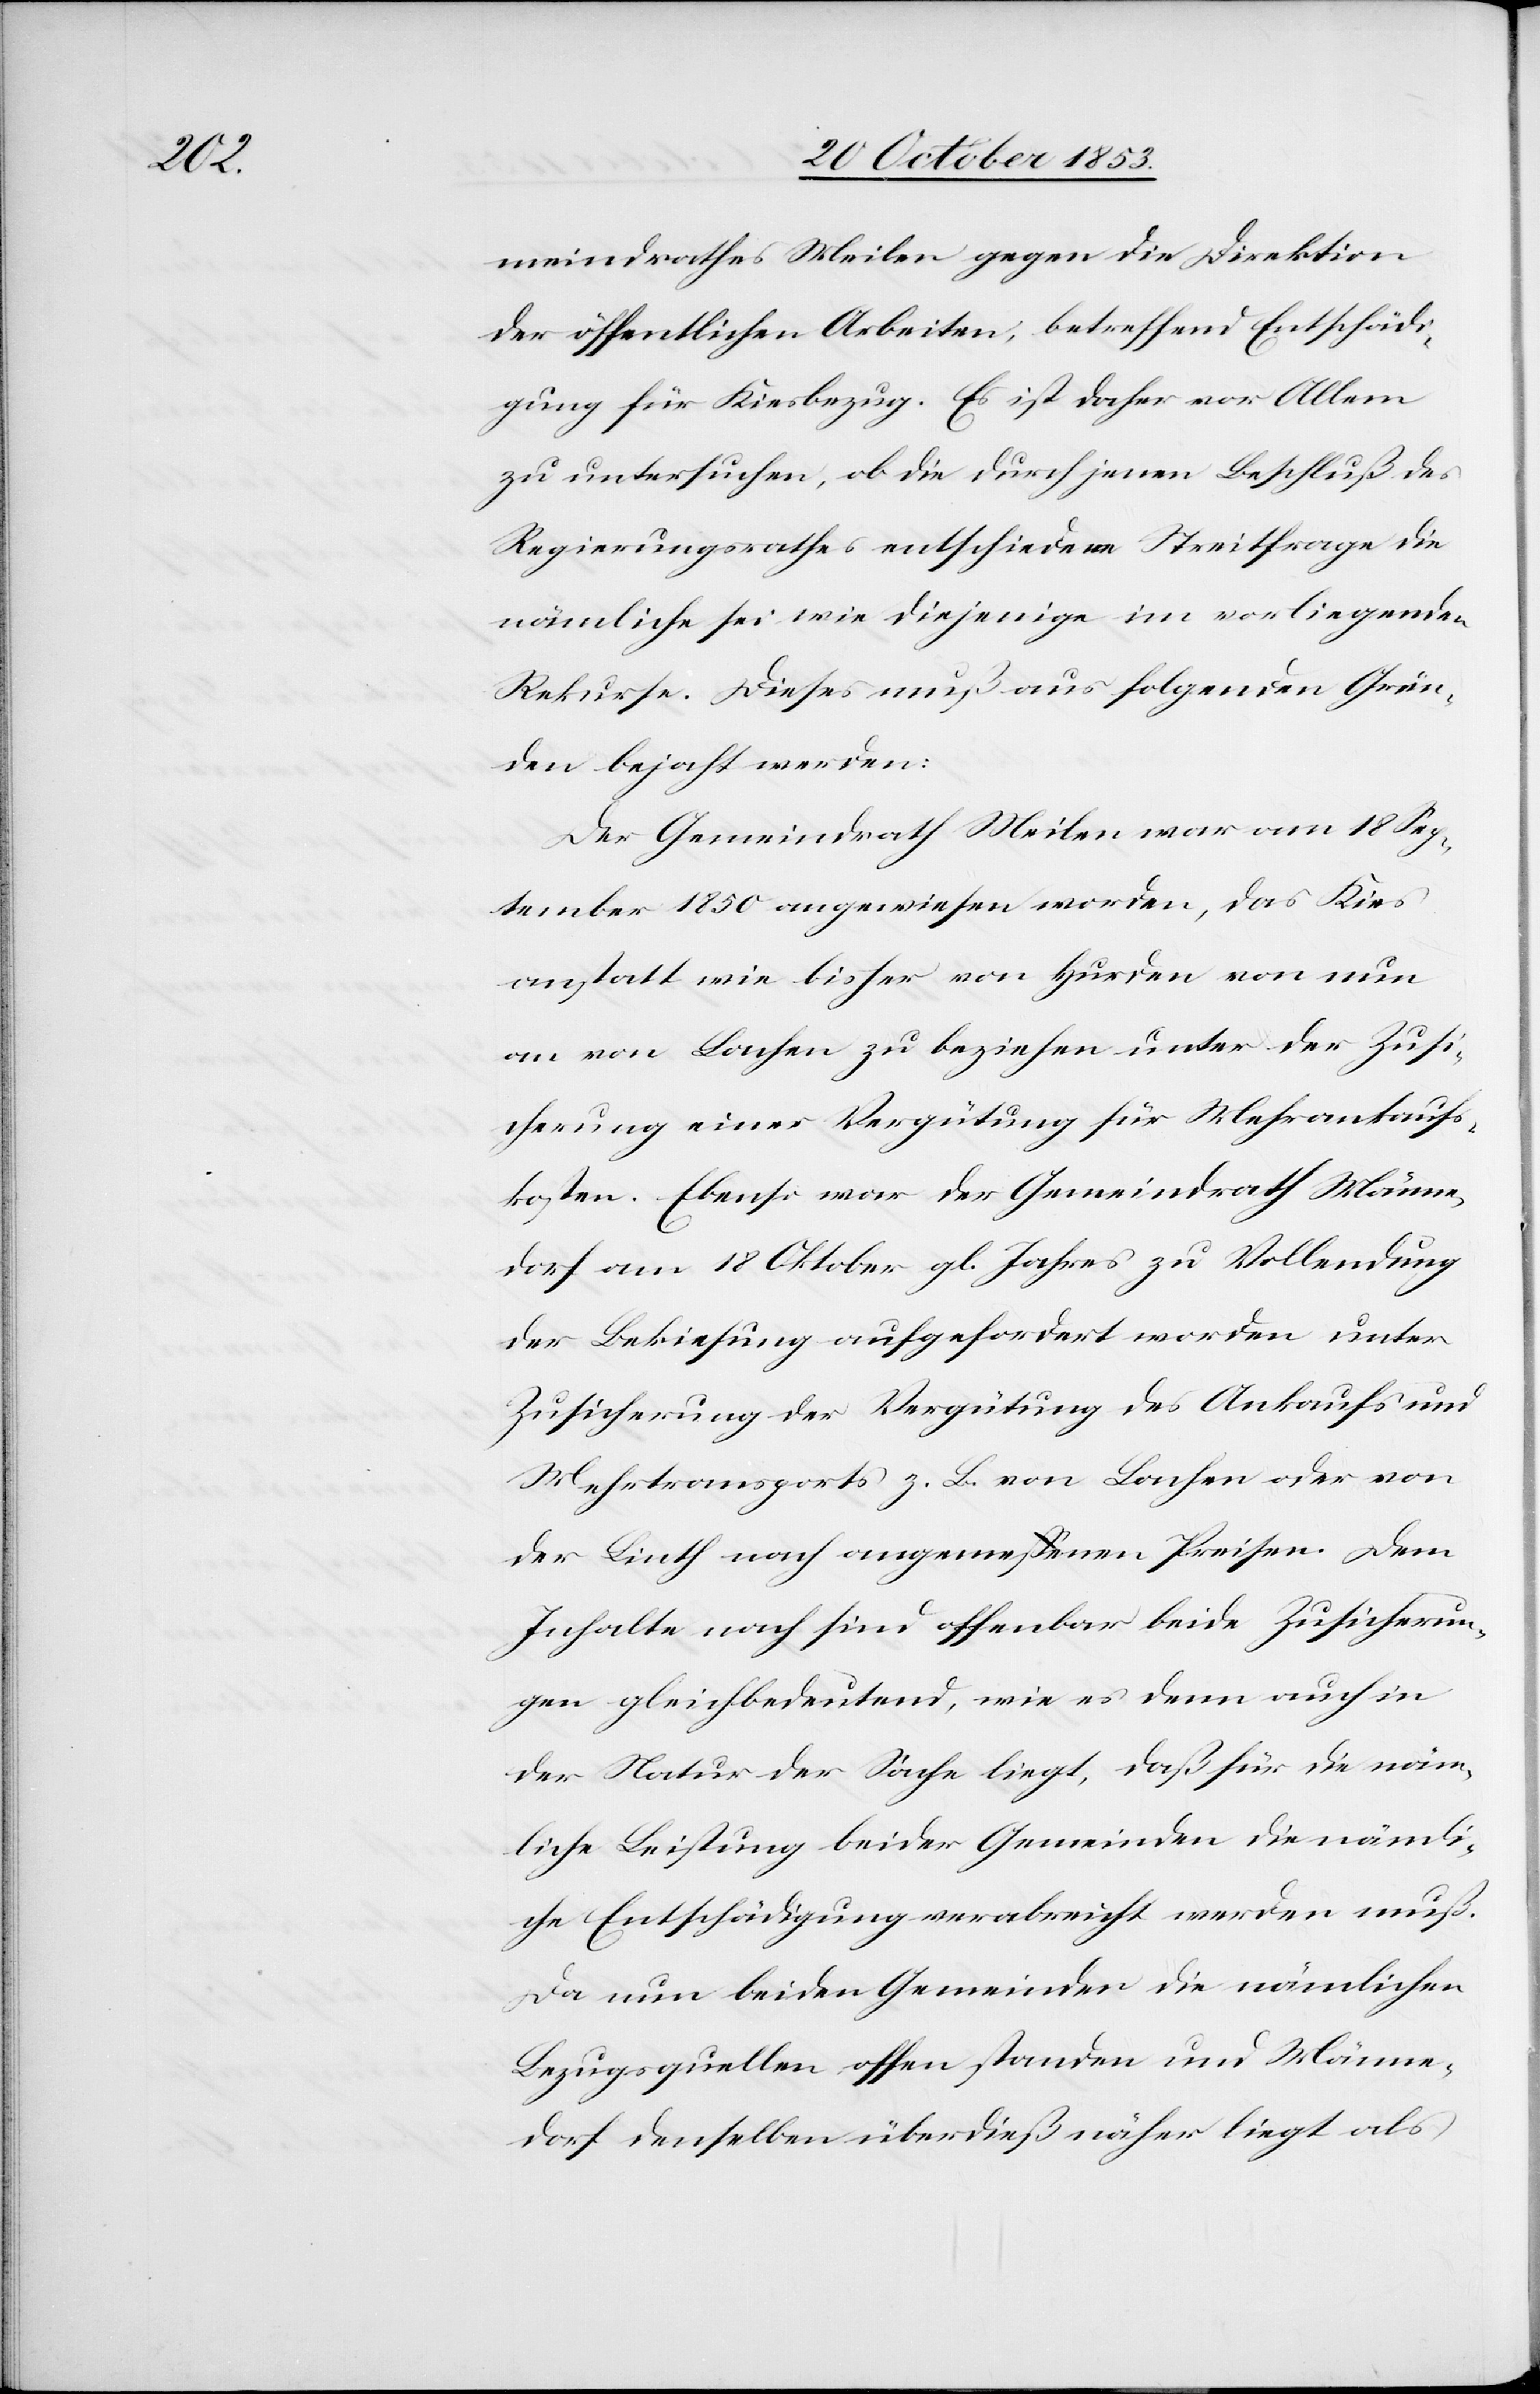
meindrathes Meilen gegen die Direktion
der öffentlichen Arbeiten, betreffend Entschädi¬
gung für Kiesbezug. Es ist daher vor Allem
zu untersuchen, ob die durch jenen Beschluß des
Regierungsrathes entschiedene Streitfrage die
nämliche sei wie diejenige im vorliegenden
Rekurse. Dieses muß aus folgenden Grün¬
den bejaht werden:
Der Gemeindrath Meilen war am 18 Sep¬
tember 1850 angewiesen worden, das Kies
anstatt wie bisher von Hurden von nun
an von Lachen zu beziehen unter der Zusi¬
cherung einer Vergütung für Mehrankaufs¬
kosten. Ebenso war der Gemeindrath Männe¬
dorf am 18 Oktober gl. Jahres zu Vollendung
der Bekiesung aufgefordert worden unter
Zusicherung der Vergütung des Ankaufs und
Mehrtransports z. B. von Lachen oder von
der Linth nach angemeßenen Preisen. Dem
Inhalte nach sind offenbar beide Zusicherun¬
gen gleichbedeutend, wie es denn auch in
der Natur der Sache liegt, daß für die näm¬
liche Leistung beider Gemeinden die nämli¬
che Entschädigung verabreicht werden muß.
Da nun beiden Gemeinden die nämlichen
Bezugsquellen offen standen und Männe¬
dorf denselben überdieß näher liegt als